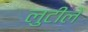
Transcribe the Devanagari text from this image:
लुटीले